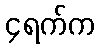
၄ရက်က